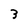
Character: 3